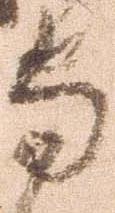
守